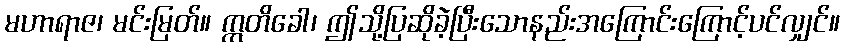
မဟာရာဇ၊ မင်းမြတ်။ ဣတိခေါ၊ ဤသို့ပြဆိုခဲ့ပြီးသောနည်းအကြောင်းကြောင့်ပင်လျှင်။